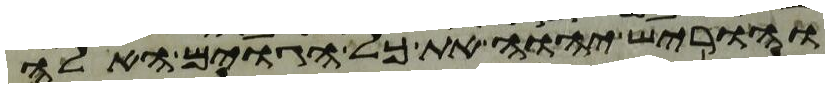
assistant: והוריש יהוה את כל הגוים האלה